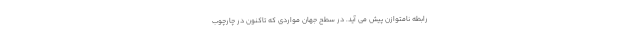
رابطه نامتوازن پیش می آید. در سطح جهان مواردی که تاکنون در چارچوب